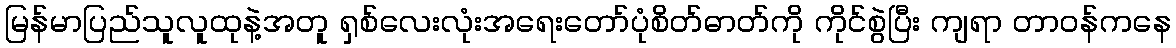
မြန်မာပြည်သူလူထုနဲ့အတူ ရှစ်လေးလုံးအရေးတော်ပုံစိတ်ဓာတ်ကို ကိုင်စွဲပြီး ကျရာ တာဝန်ကနေ